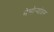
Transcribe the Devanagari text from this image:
मेमोर्‍यांडम